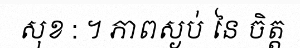
សុខ : ។ ភាពស្ងប់ នៃ ចិត្ត